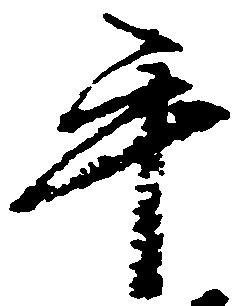
手